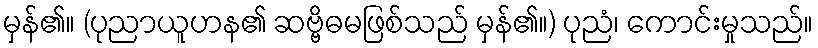
မှန်၏။ (ပုညာယူဟန၏ ဆဗ္ဗိဓမဖြစ်သည် မှန်၏။) ပုညံ၊ ကောင်းမှုသည်။